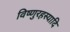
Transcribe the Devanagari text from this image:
विष्णुरहस्यादि